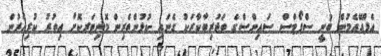
އެފްއޭއެމުން ބުނީ ސްޕޯޓްސް ސައިންސްގެ ތަޖުރިބާކާރަކު ގެނައި ކުޅުންތެރިން މޮނިޓަރކޮށް އިތުރު ކުރިއެރުން